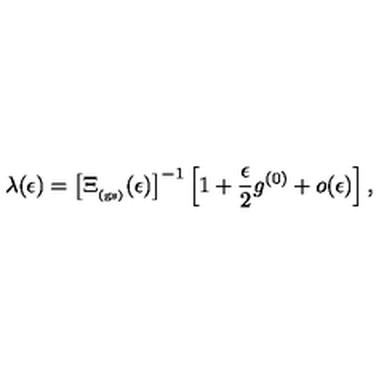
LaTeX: \lambda ( \epsilon ) = \left[ \Xi _ { _ \mathrm { ( g s ) } } ( \epsilon ) \right] ^ { - 1 } \left[ 1 + \frac { \epsilon } { 2 } g ^ { ( 0 ) } + o ( \epsilon ) \right] ,